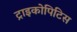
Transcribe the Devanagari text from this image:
ट्राइकोपिटिस